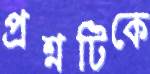
প্রশ্নটিকে